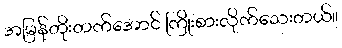
အမြန်တိုးတက်အောင် ကြိုးစားလိုက်သေးတယ်။